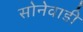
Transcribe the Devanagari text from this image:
सोनेवाडी